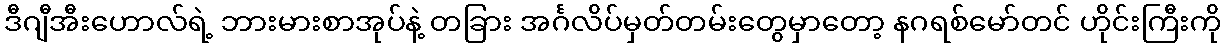
ဒီဂျီအီးဟောလ်ရဲ့ ဘားမားစာအုပ်နဲ့ တခြား အင်္ဂလိပ်မှတ်တမ်းတွေမှာတော့ နဂရစ်မော်တင် ဟိုင်းကြီးကို